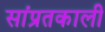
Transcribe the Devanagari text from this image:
सांप्रतकाली